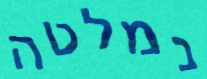
נמלטה